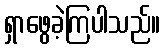
ရှာဖွေခဲ့ကြပါသည်။